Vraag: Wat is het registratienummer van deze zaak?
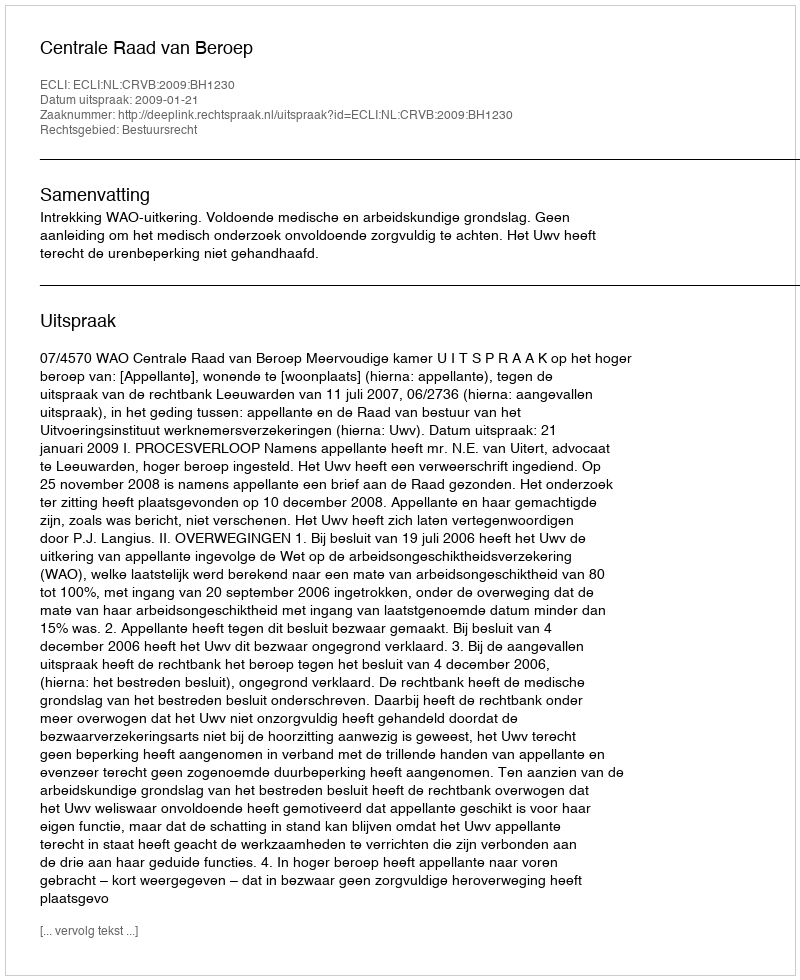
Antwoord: http://deeplink.rechtspraak.nl/uitspraak?id=ECLI:NL:CRVB:2009:BH1230